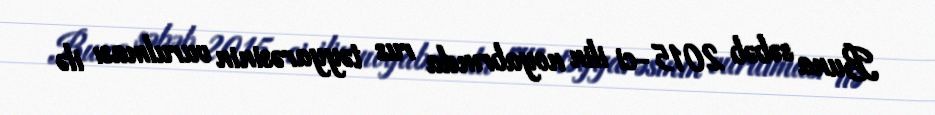
Buna səbəb 2015-ci ilin noyabrında rus təyyarəsinin vurulması ilə